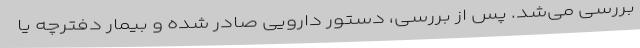
بررسی می‌شد. پس از بررسی، دستور دارویی صادر شده و بیمار دفترچه یا